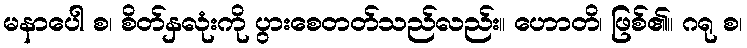
မနာပေါ စ၊ စိတ်နှလုံးကို ပွားစေတတ်သည်လည်း။ ဟောတိ၊ ဖြစ်၏။ ဂရု စ၊